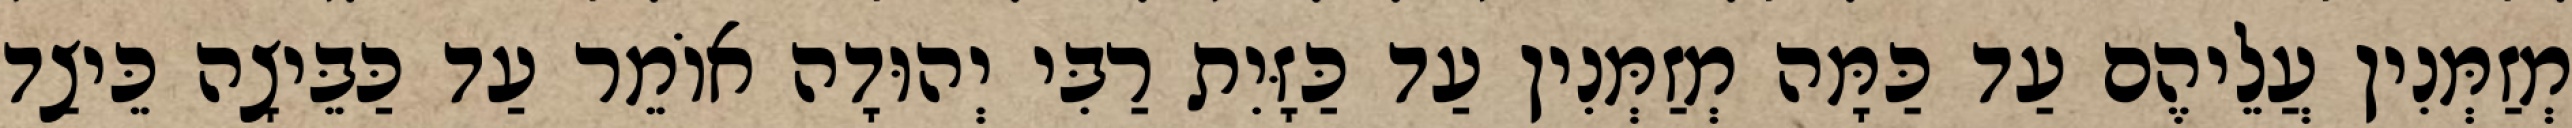
מְזַמְּנִין עֲלֵיהֶם עַד כַּמָּה מְזַמְּנִין עַד כַּזָּיִת רַבִּי יְהוּדָה אוֹמֵר עַד כַּבֵּיצָה כֵּיצַד